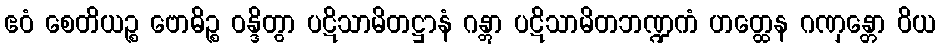
ဧဝံ စေတိယဉ္စ ဗောဓိဉ္စ ဝန္ဒိတွာ ပဋိသာမိတဋ္ဌာနံ ဂန္တွာ ပဋိသာမိတဘဏ္ဍကံ ဟတ္ထေန ဂဏှန္တော ဝိယ